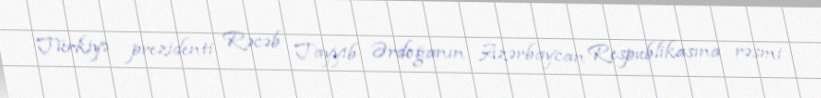
Türkiyə prezidenti Rəcəb Tayyib Ərdoğanın Azərbaycan Respublikasına rəsmi